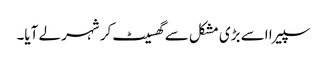
سپیرا اسے بڑی مشکل سے گھسیٹ کر شہر لے آیا۔